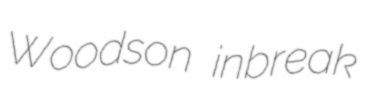
Woodson inbreak